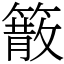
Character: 䉈